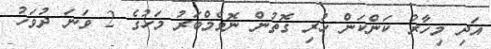
އަދި މިހާރު ކަންކަން ހުރި ގޮތުން ނޮވެމްބަރު މަހުގެ 2 ވަނަ ދުވަހު